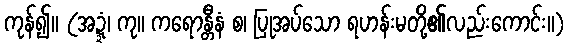
ကုန်၍။ (အဍ္ဍံ၊ ကု။ ကရောန္တီနံ စ၊ ပြုအပ်သော ရဟန်းမတို့၏လည်းကောင်း။)